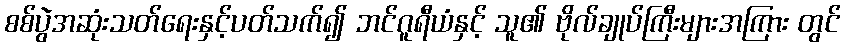
စစ်ပွဲအဆုံးသတ်ရေးနှင့်ပတ်သက်၍ ဘင်ဂူရီယံနှင့် သူ၏ ဗိုလ်ချုပ်ကြီးများအကြား တွင်